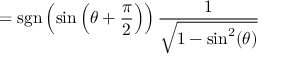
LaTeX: = \operatorname { s g n } \left( \sin \left( \theta + { \frac { \pi } { 2 } } \right) \right) { \frac { 1 } { \sqrt { 1 - \sin ^ { 2 } ( \theta ) } } }